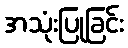
အသုံးပြုခြင်း